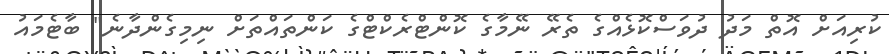
ކުރިއަށް އޮތް މަދު ދުވަސްކޮޅެއްގެ ތެރޭ ނޭމާގެ ކޮންޓްރެކްޓްގެ ކަންތައްތަށް ނިމިގެންދާނެ" ބާޓެމައު